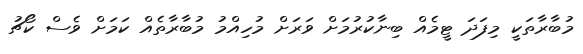
މުބާރާތަކީ މިފަދަ ޓީމެއް ބިނާކުރުމަށް ވަރަށް މުހިއްމު މުބާރާތެއް ކަމަށް ވެސް ކޯޗު